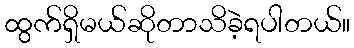
ထွက်ရှိမယ်ဆိုတာသိခဲ့ရပါတယ်။